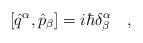
LaTeX: \begin{align*}[\hat{q}^\alpha,\hat{p}_\beta]=i\hbar\delta^\alpha_\beta\ \ \ ,\end{align*}